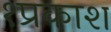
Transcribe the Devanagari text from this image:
१प्रकाश